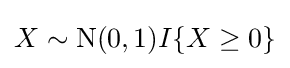
X\sim {\textrm {N}}(0,1)I\{X\geq 0\}